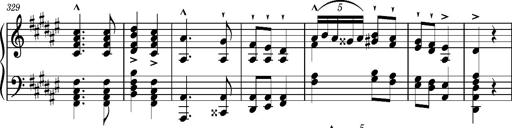
Title: Magyar rapszÃ³diÃ¡k
Composer: Franz Liszt